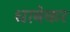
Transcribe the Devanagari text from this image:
धाबेकर